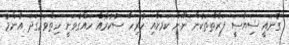
ގެނައީ ސިޔާސީ ފަރާތްތަކުން ނޫން ކަމަށާއި ހުރިހާ ސުކުރެއް ހައްގުވަނީ ހިތްވަރުގަދަ އާންމު